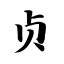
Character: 贞